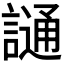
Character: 𫍌